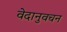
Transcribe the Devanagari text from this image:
वेदानुवचन